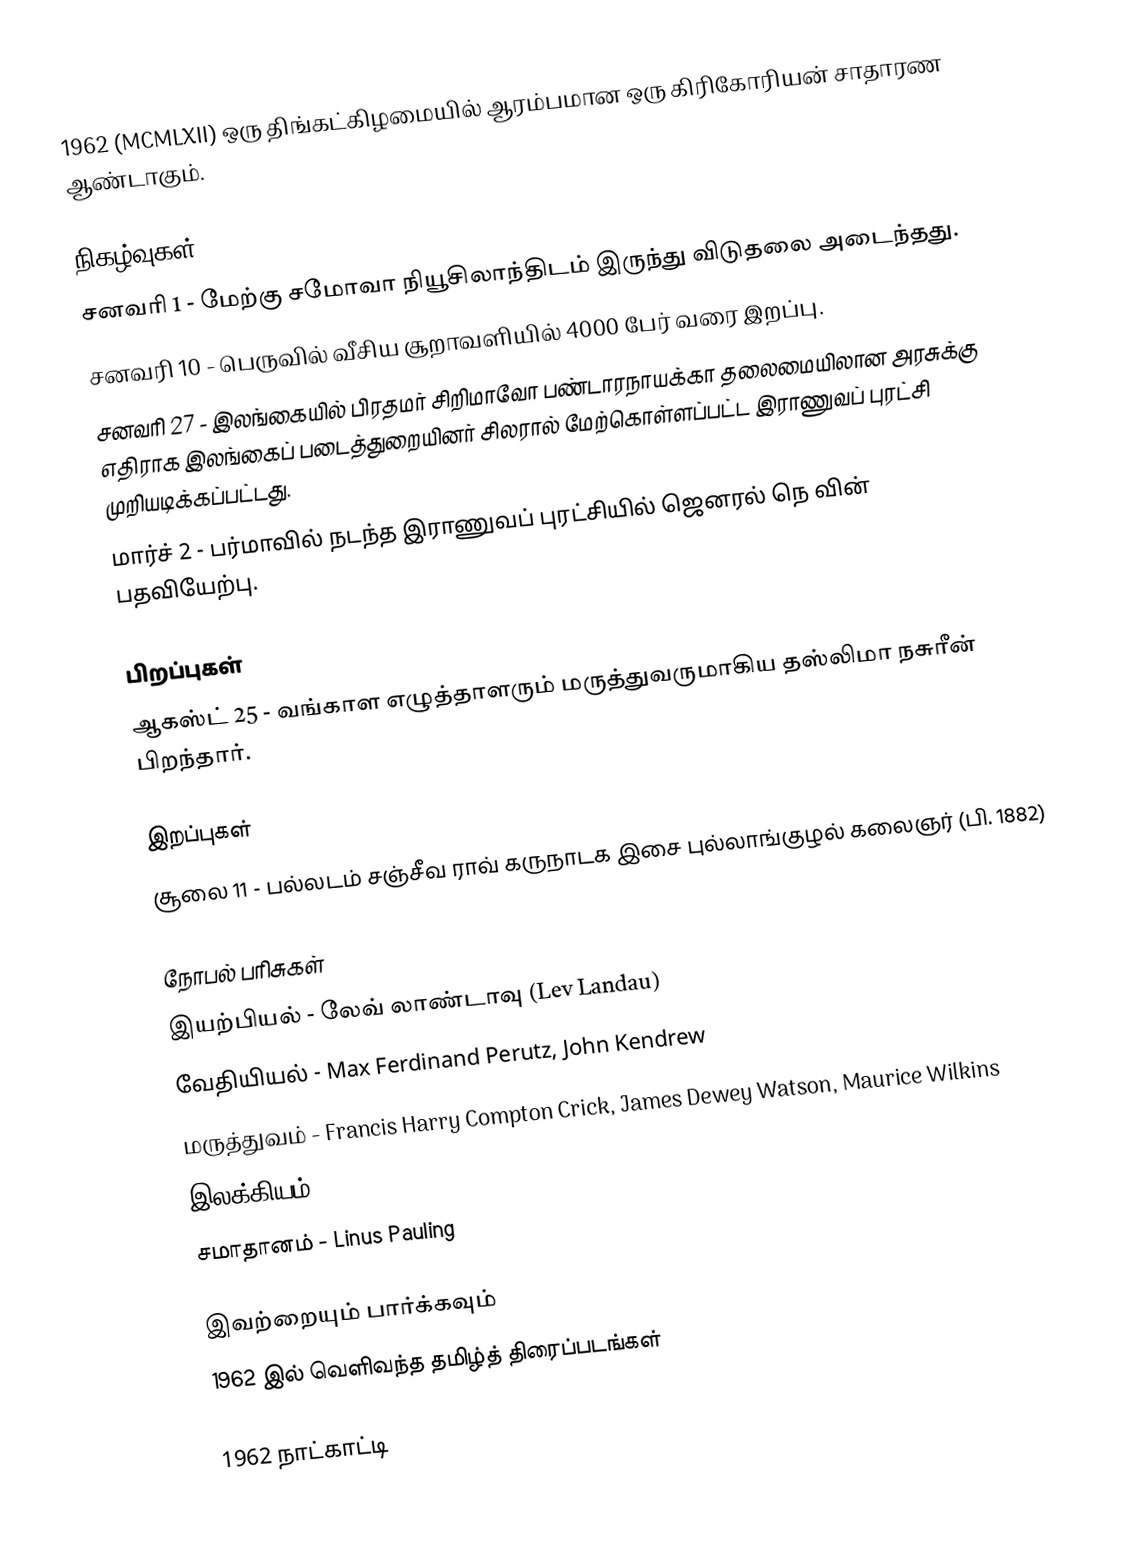
1962  (MCMLXII) ஒரு திங்கட்கிழமையில் ஆரம்பமான ஒரு கிரிகோரியன் சாதாரண ஆண்டாகும்.

நிகழ்வுகள்
 சனவரி 1 - மேற்கு சமோவா நியூசிலாந்திடம் இருந்து விடுதலை அடைந்தது.
 சனவரி 10 - பெருவில் வீசிய சூறாவளியில் 4000 பேர் வரை இறப்பு.
 சனவரி 27 - இலங்கையில் பிரதமர் சிறிமாவோ பண்டாரநாயக்கா தலைமையிலான அரசுக்கு எதிராக இலங்கைப் படைத்துறையினர் சிலரால் மேற்கொள்ளப்பட்ட இராணுவப் புரட்சி முறியடிக்கப்பட்டது.
 மார்ச் 2 - பர்மாவில் நடந்த இராணுவப் புரட்சியில் ஜெனரல் நெ வின் பதவியேற்பு.

பிறப்புகள்
 ஆகஸ்ட் 25 - வங்காள எழுத்தாளரும் மருத்துவருமாகிய தஸ்லிமா நசுரீன் பிறந்தார்.

இறப்புகள்
 சூலை 11 - பல்லடம் சஞ்சீவ ராவ் கருநாடக இசை புல்லாங்குழல் கலைஞர் (பி. 1882)

நோபல் பரிசுகள்
 இயற்பியல் - லேவ் லாண்டாவு (Lev Landau)
 வேதியியல் - Max Ferdinand Perutz, John Kendrew
 மருத்துவம் - Francis Harry Compton Crick, James Dewey Watson, Maurice Wilkins
 இலக்கியம் - John Steinbeck
 சமாதானம் - Linus Pauling

இவற்றையும் பார்க்கவும்
 1962 இல் வெளிவந்த தமிழ்த் திரைப்படங்கள்

1962 நாட்காட்டி